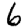
Digit: 6